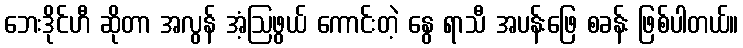
ဘေးဒိုင်ဟီ ဆိုတာ အလွန် အံ့ဩဖွယ် ကောင်းတဲ့ နွေ ရာသီ အပန်းဖြေ စခန်း ဖြစ်ပါတယ်။